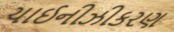
ચાઈનીઝીકરણ